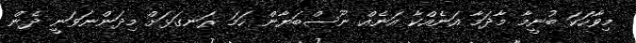
މިވާހަކަ ބުނީމާ މާދަމާ އަނެއްކާ އަނެއް ނޫސްބަޔާން ހަމަ ރަނގަޅަށް މިދަންނަވަނީ ދެން